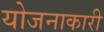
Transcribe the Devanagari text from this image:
योजनाकारी